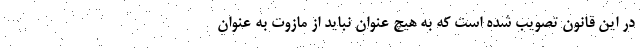
در این قانون تصویب شده است که به هیچ عنوان نباید از مازوت به عنوان